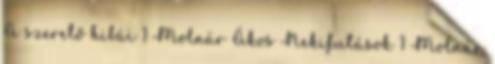
A szerető hibái 1 Molnár Ákos Nekifutások 1 Molnár